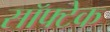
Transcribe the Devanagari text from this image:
सॉफ्टेक